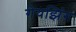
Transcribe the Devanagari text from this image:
गेयझिंग